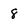
Character: 8